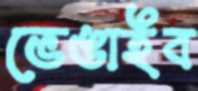
ভেঙাইব